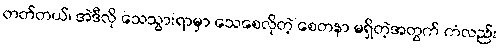
တတ်တယ်၊ အဲဒီလို သေသွားရာမှာ သေစေလိုတဲ့ စေတနာ မရှိတဲ့အတွက် ကံလည်း